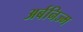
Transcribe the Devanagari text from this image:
अर्बनिज्म